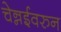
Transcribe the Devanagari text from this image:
चेन्नईवरुन